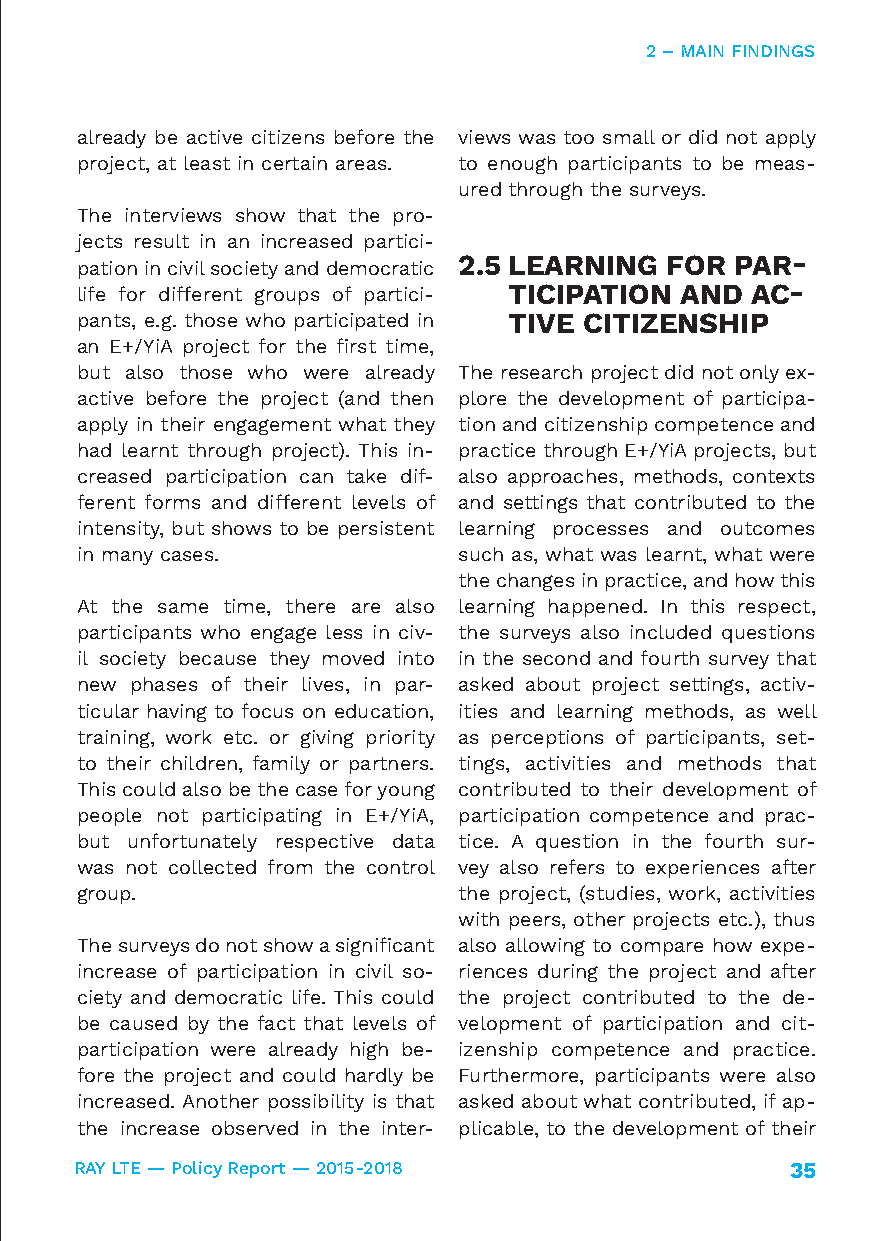
2 – MAIN FINDINGS
 already be active citizens before the views was too small or did not apply
 project, at least in certain areas. to enough participants to be meas-
 ured through the surveys.
 The interviews show that the pro-
 jects result in an increased partici-
 pation in civil society and democratic 2.5 LEARNING FOR PAR-
 life for different groups of partici- TICIPATION AND AC-
 pants, e.g. those who participated in TIVE CITIZENSHIP
 an E+/YiA project for the first time,
 but also those who were already The research project did not only ex-
 active before the project (and then plore the development of participa-
 apply in their engagement what they tion and citizenship competence and
 had learnt through project). This in- practice through E+/YiA projects, but
 creased participation can take dif- also approaches, methods, contexts
 ferent forms and different levels of and settings that contributed to the
 intensity, but shows to be persistent learning processes and outcomes
 in many cases.           such as, what was learnt, what were
 the changes in practice, and how this
 At the same time, there are also learning happened. In this respect,
 participants who engage less in civ- the surveys also included questions
 il society because they moved into in the second and fourth survey that
 new phases of their lives, in par- asked about project settings, activ-
 ticular having to focus on education, ities and learning methods, as well
 training, work etc. or giving priority as perceptions of participants, set-
 to their children, family or partners. tings, activities and methods that
 This could also be the case for young contributed to their development of
 people not participating in E+/YiA, participation competence and prac-
 but unfortunately respective data tice. A question in the fourth sur-
 was not collected from the control vey also refers to experiences after
 group.                   the project, (studies, work, activities
 with peers, other projects etc.), thus
 The surveys do not show a significant also allowing to compare how expe-
 increase of participation in civil so- riences during the project and after
 ciety and democratic life. This could the project contributed to the de-
 be caused by the fact that levels of velopment of participation and cit-
 participation were already high be- izenship competence and practice.
 fore the project and could hardly be Furthermore, participants were also
 increased. Another possibility is that asked about what contributed, if ap-
 the increase observed in the inter- plicable, to the development of their
 RAY LTE — Policy Report — 2015-2018            35